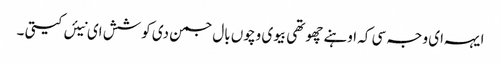
ایہہ ای وجہ سی کہ اوہنے چھوتھی بیوی وچوں بال جمن دی کوشش ای نیئں کیتی ۔